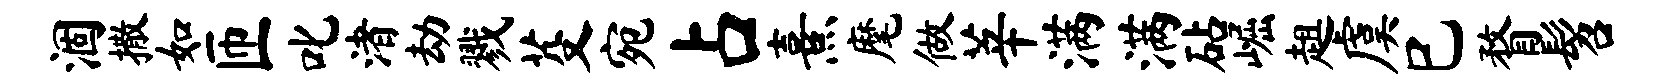
涸撒如匝叱渚劫戮芟宛占熹麾做莘满满砧崛趄虞巳瞀髫